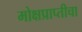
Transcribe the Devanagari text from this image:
मोक्षप्राप्तीचा